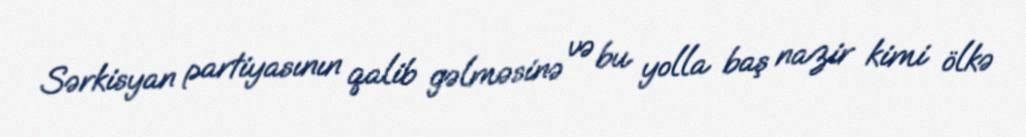
Sərkisyan partiyasının qalib gəlməsinə və bu yolla baş nazir kimi ölkə